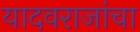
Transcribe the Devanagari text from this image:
यादवराजांचा